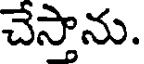
చేస్తాను.